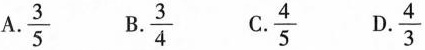
A.\frac{3}{5} B.\frac{3}{4} C.\frac{4}{5} D.\frac{4}{3}